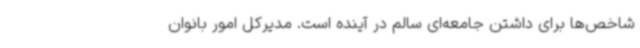
شاخص‌ها برای داشتن جامعه‌ای سالم در آینده است. مدیرکل امور بانوان